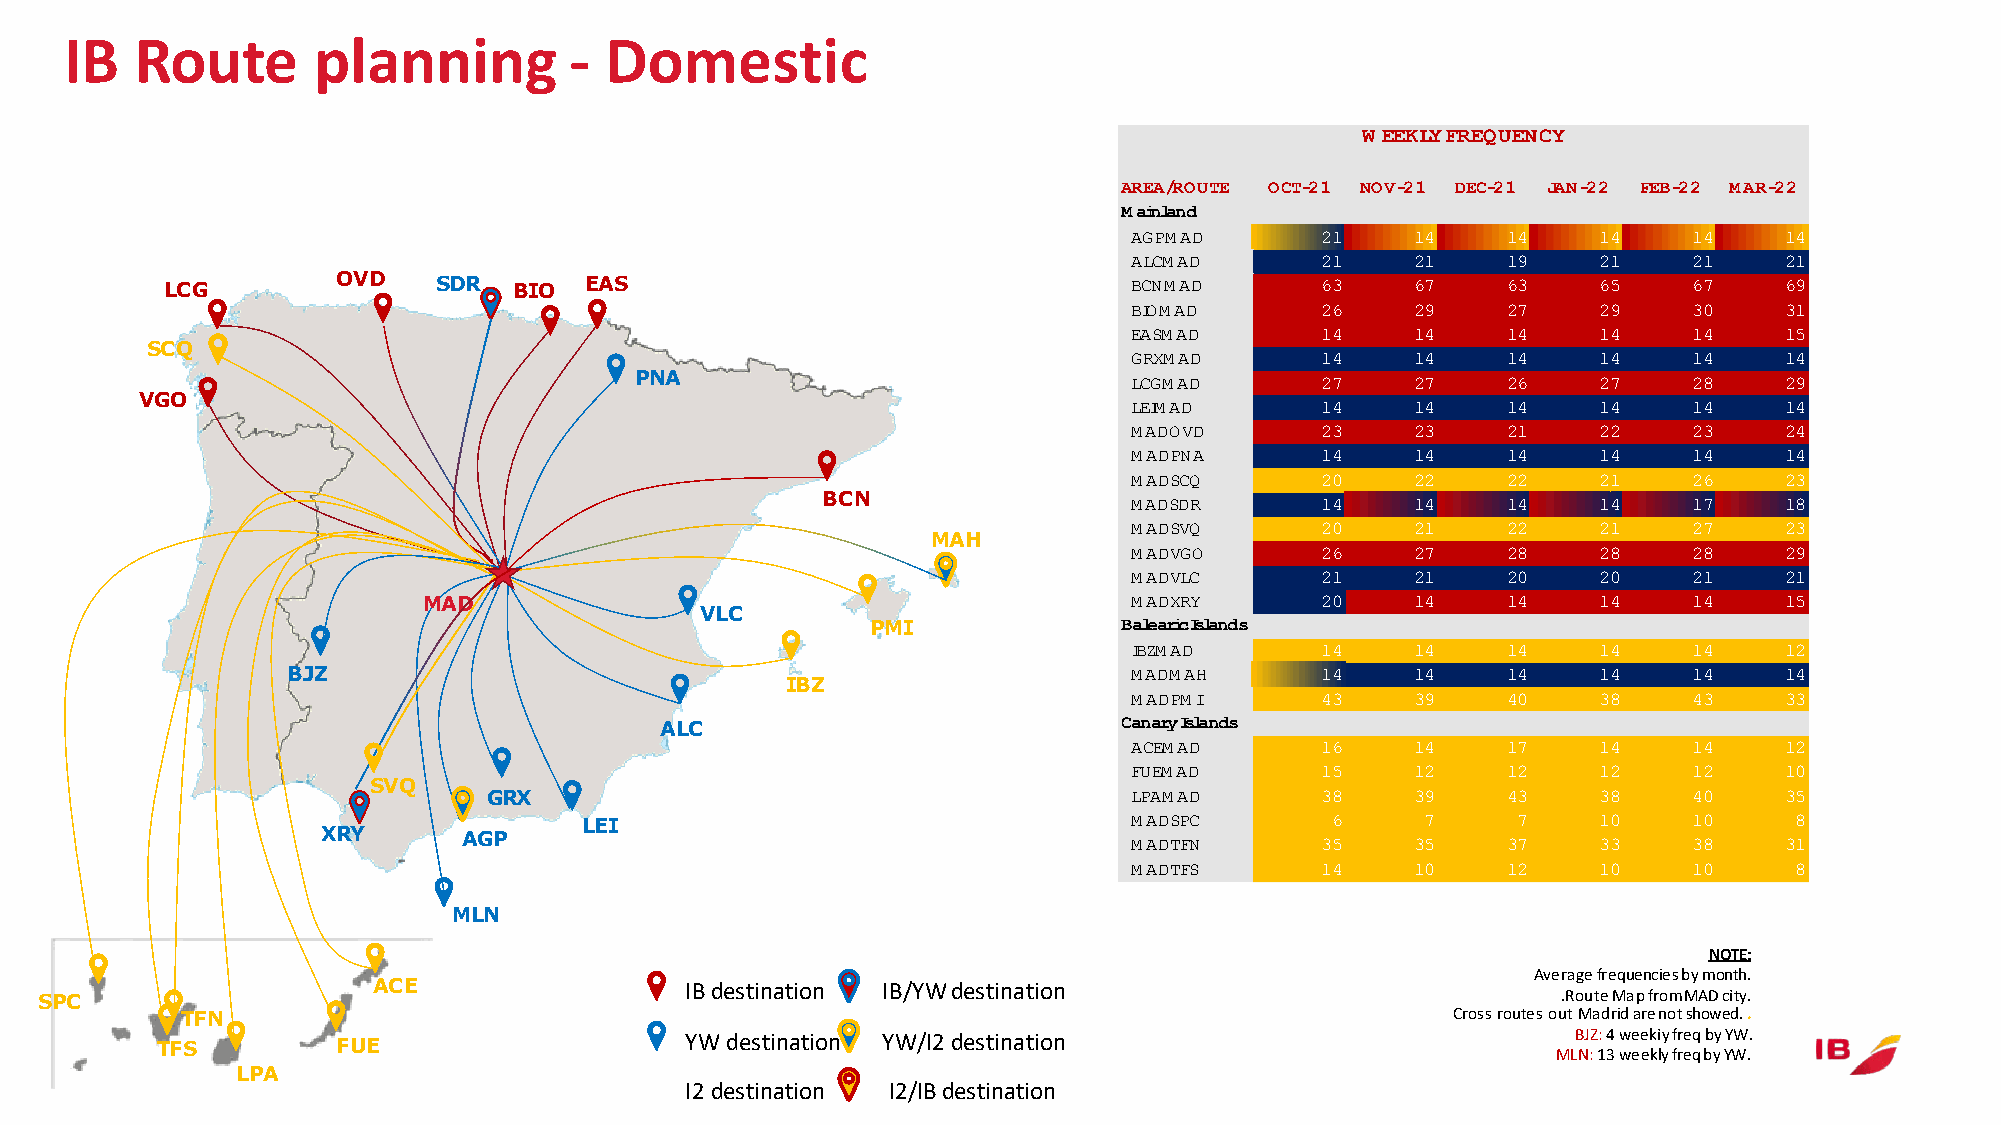
IB   Route       planning         - Domestic
 W EEKLY FREQUENCY
 AREA/ROUTE OCT-21 NOV-21 DEC-21 JAN-22 FEB-22 MAR-22
 Mainland
 AGPMAD      21     14    14    14    14    14
 ALCMAD      21     21    19    21    21    21
 LCG        OVD    SDR  BIO  EAS                                 BCNMAD      63     67    63    65    67    69
 BIOMAD      26     29    27    29    30    31
 EASMAD      14     14    14    14    14    15
 SCQ
 GRXMAD      14     14    14    14    14    14
 PNA                              LCGMAD      27     27    26    27    28    29
 VGO
 LEIMAD      14     14    14    14    14    14
 MADOVD      23     23    21    22    23    24
 MADPNA      14     14    14    14    14    14
 MADSCQ      20     22    22    21    26    23
 BCN                  MADSDR      14     14    14    14    17    18
 MADSVQ      20     21    22    21    27    23
 MAH
 MADVGO      26     27    28    28    28    29
 MADVLC      21     21    20    20    21    21
 MAD                                            MADXRY      20     14    14    14    14    15
 VLC
 PMI             Balearic Islands
 IBZMAD      14     14    14    14    14    12
 BJZ                                                     MADMAH      14     14    14    14    14    14
 IBZ
 MADPMI      43     39    40    38    43    33
 Canary Islands
 ALC
 ACEMAD      16     14    17    14    14    12
 FUEMAD      15     12    12    12    12    10
 SVQ
 GRX                                        LPAMAD      38     39    43    38    40    35
 LEI                                 MADSPC       6     7     7     10    10     8
 XRY       AGP                                         MADTFN      35     35    37    33    38    31
 MADTFS      14     10    12    10    10     8
 MLN
 NOTE:
 Averagefrequenciesbymonth.
 ACE                 IB destination IB/YW destination
 SPC                                                                                                 .RouteMapfromMAD city.
 TFN                                                                                 Cross routesoutMadrid are notshowed. .
 TFS         FUE                    YW destination YW/I2 destination                           BJZ: 4 weekiyfreqbyYW.
 MLN:13 weeklyfreqbyYW.
 LPA
 I2 destination I2/IB destination